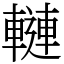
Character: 轋